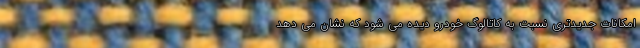
امکانات جدیدتری نسبت به کاتالوگ خودرو دیده می شود که نشان می دهد